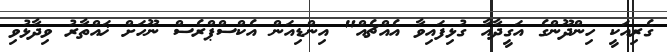
ގެރިއަކީ ހިންދޫންގެ އަގީދާއާ ގުޅިފައިވާ އެއްޗެއް" އިންޑިއަން އެކްސްޕްރެސް ނޫހަށް ޚައްތާރު ވިދާޅުވި